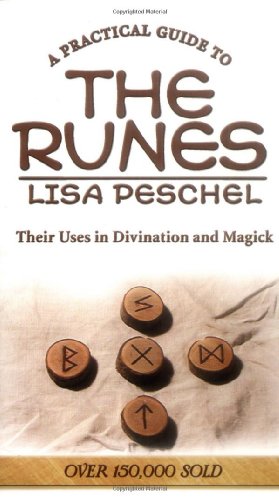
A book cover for A Practical Guide to the Runes: Their Uses in Divination and Magic (Llewellyn's New Age); Lisa Peschel; History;